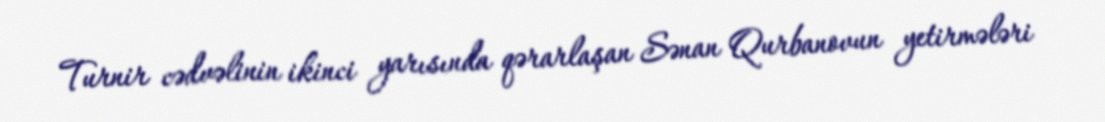
Turnir cədvəlinin ikinci yarısında qərarlaşan Sənan Qurbanovun yetirmələri